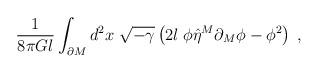
LaTeX: \begin{align*}\frac{1}{8\pi Gl}\int_{\partial M}d^{2}x\;\sqrt{-\gamma }\left( 2l\;\phi \hat{\eta}^{M}\partial _{M}\phi -\phi ^{2}\right) \;,\end{align*}